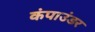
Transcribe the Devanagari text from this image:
कंपाउंडर